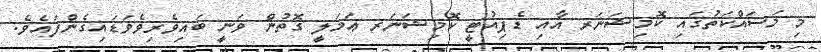
މި މަސައްކަތުގައި ކޮމިޝަނަރ އާއި ޑެޕިއުޓީ ކޮމިޝަނަރ ޢަމަލީ ގޮތުން ވަނީ ބައިވެރިވެވަޑައިގެންފައެވެ.